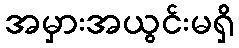
အမှားအယွင်းမရှိ